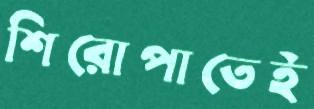
শিরোপাতেই